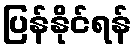
ပြန်နိုင်ရန်